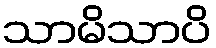
သာမိသာပိ